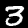
Label: 3